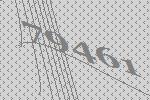
79461